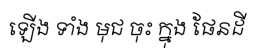
ឡើង ទាំង មុជ ចុះ ក្នុង ផែនដី